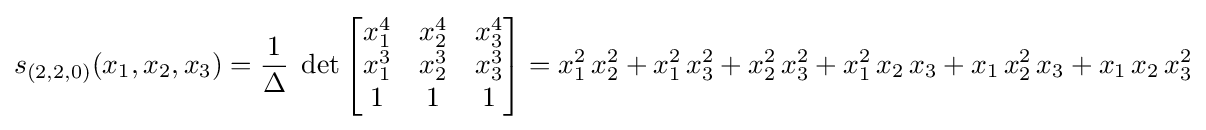
s_{(2,2,0)}(x_{1},x_{2},x_{3})={\frac {1}{\Delta }}\;\det \left[{\begin{matrix}x_{1}^{4}&x_{2}^{4}&x_{3}^{4}\\x_{1}^{3}&x_{2}^{3}&x_{3}^{3}\\1&1&1\end{matrix}}\right]=x_{1}^{2}\,x_{2}^{2}+x_{1}^{2}\,x_{3}^{2}+x_{2}^{2}\,x_{3}^{2}+x_{1}^{2}\,x_{2}\,x_{3}+x_{1}\,x_{2}^{2}\,x_{3}+x_{1}\,x_{2}\,x_{3}^{2}